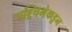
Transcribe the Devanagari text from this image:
पश्र्चिमेकडून